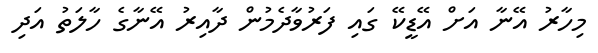
މިހާރު އޭނާ އަށް އޭޑީކޭ ގައި ފަރުވާދެމުން ދާއިރު އޭނާގެ ހާލަތު އަދި